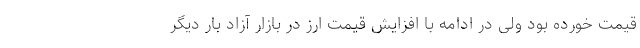
قیمت خورده بود ولی در ادامه با افزایش قیمت ارز در بازار آزاد بار دیگر